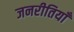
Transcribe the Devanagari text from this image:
जनरीतियाँ